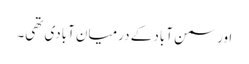
اور سمن آباد کے درمیان آبادی تھی۔